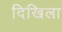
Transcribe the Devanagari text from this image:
दिखिला